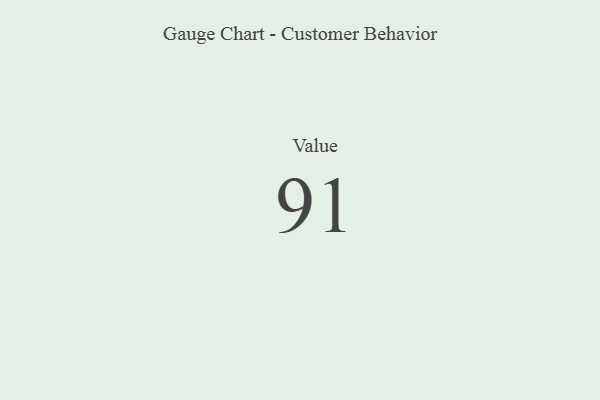
{"axis": {"x": "Metric", "y": "Value"}, "legend": [""], "data": [{"x": "Value", "y": 91, "type": ""}]}